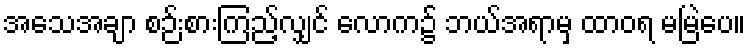
အသေအချာ စဉ်းစားကြည့်လျှင် လောက၌ ဘယ်အရာမှ ထာဝရ မမြဲပေ။